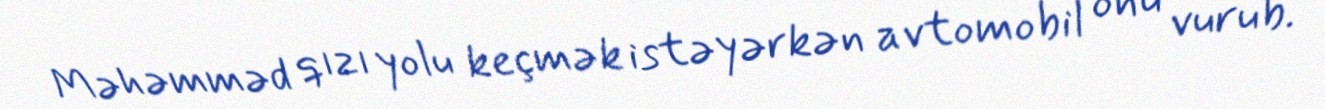
Məhəmməd qızı yolu keçmək istəyərkən avtomobil onu vurub.